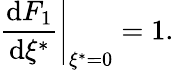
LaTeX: \left.{\frac{\operatorname{d}\! F_{1}}{\operatorname{d}\! \xi^{*}}}\right|_{\xi^{*}=0}=1.